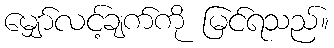
မျှော်လင့်ချက်ကို မြင်ရသည်။